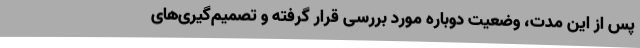
پس از این مدت، وضعیت دوباره مورد بررسی قرار گرفته و تصمیم‌گیری‌های